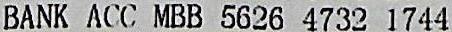
BANK ACC MBB 5626 4732 1744